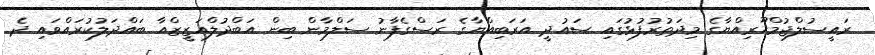
ރައީސުލްޖުމްހޫރިއްޔާގެ މިދަތުރުފުޅުގައި ސައުދީ އަރަބިއްޔާގެ ރަސްގެފާނު ސަލްމާން ބިން އަބްދުލްއަޒީޒްއާ ބައްދަލުކުރައްވައި ދެ